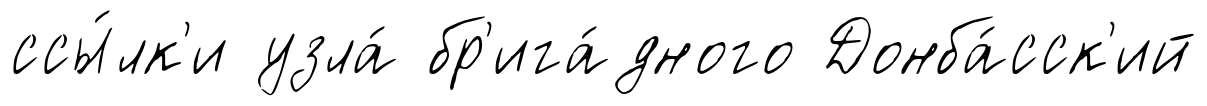
ссы́лк'и узла́ бр'ига́дного Донба́сск'ий